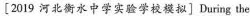
[ 2019 河北衡水中学实验学校模拟]During the